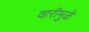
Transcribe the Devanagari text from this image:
वारीमुळे